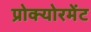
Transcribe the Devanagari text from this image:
प्रोक्योरमेंट